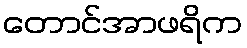
တောင်အာဖရိက